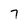
Character: 7